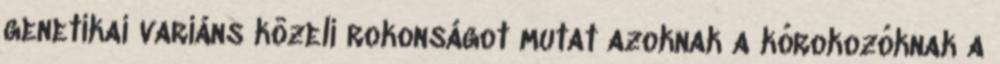
genetikai variáns közeli rokonságot mutat azoknak a kórokozóknak a